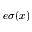
e \sigma ( x )